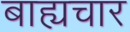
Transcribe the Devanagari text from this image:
बाह्यचार